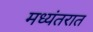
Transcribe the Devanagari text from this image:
मध्यंतरात